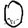
Digit: 0